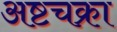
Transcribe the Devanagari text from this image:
अष्टचक्रा